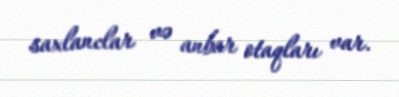
saxlanclar və anbar otaqları var.